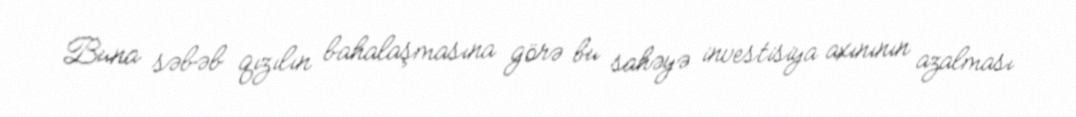
Buna səbəb qızılın bahalaşmasına görə bu sahəyə investisiya axınının azalması